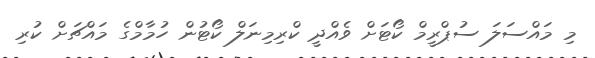
މި މައްސަލަ ސުޕްރީމް ކޯޓަށް ވެއްދީ ކްރިމިނަލް ކޯޓުން ހުމާމްގެ މައްޗަށް ކުރި